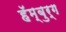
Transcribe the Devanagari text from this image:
हॅम्बुर्ग